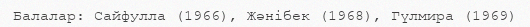
Балалар: Сайфулла (1966), Жәнібек (1968), Гүлмира (1969)